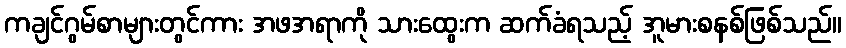
ကချင်ဂွမ်စာများတွင်ကား အဖအရာကို သားထွေးက ဆက်ခံရသည့် အူမားစနစ်ဖြစ်သည်။